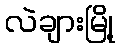
လဲချားမြို့